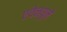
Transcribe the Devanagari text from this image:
एवेन्युमें